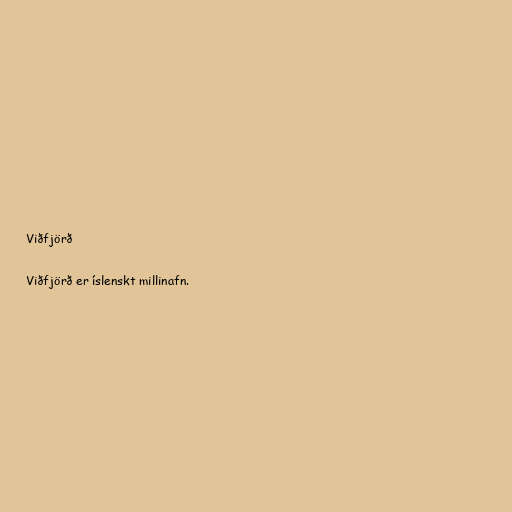
Viðfjörð

Viðfjörð er íslenskt millinafn.